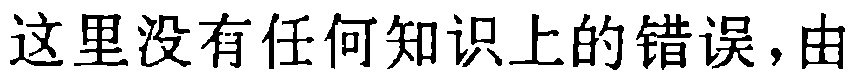
这里没有任何知识上的错误，由